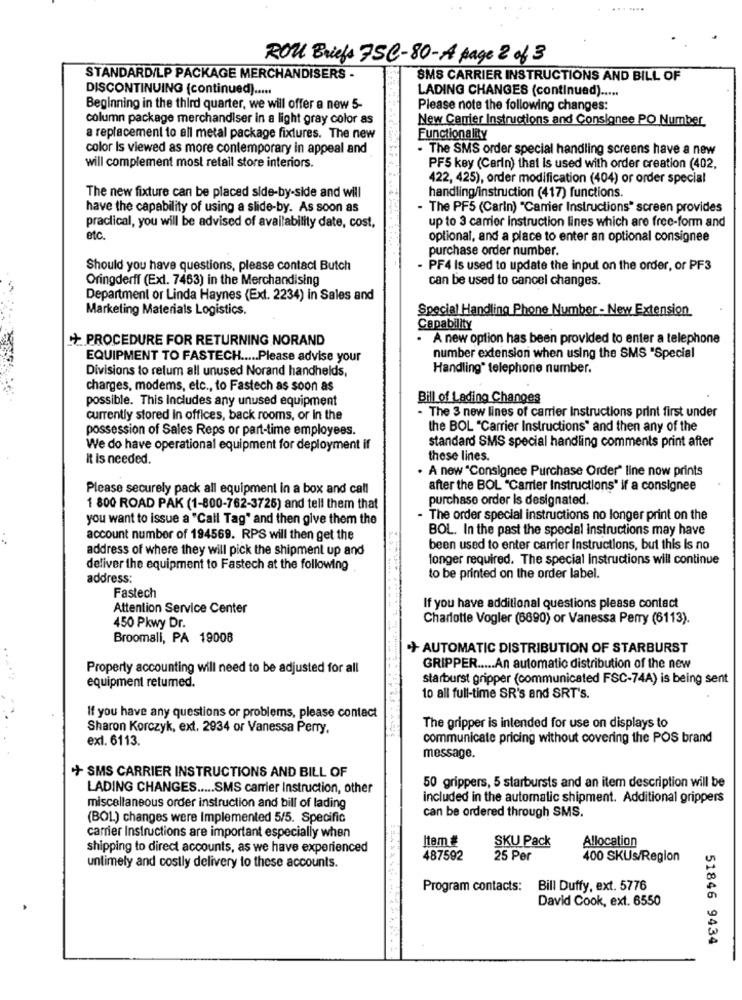
ROU Briefs 7Se-80-A page 2 of 3
STANDARDILP PACKAGE MERCHANDISERS -
SMS CARRIER INSTRUCTIONS AND BILL OF
DISCONTINUING (continued) .....
LADING CHANGES (continued) .....
Beginning in the third quarter, we will offer a new 5-
Please note the following changes:
column package merchandiser in a light gray color as
New Carrier Instructions and Consignee PO Number
a replacement to all metal package fixtures. The new
Functionality
color Is viewed as more contemporary in appeal and
- The SMS order special handling screens have a new
will complement most retail store interiors.
PF5 key (Carin) that is used with order creation (402,
422, 425), order modification (404) or order special
The new fixture can be placed side-by-side and will
handling/instruction (417) functions.
have the capability of using a slide-by. As soon as
- The PF5 (Carin) "Carrier Instructions" screen provides
up to 3 carrier instruction lines which are free-form and
practical, you will be advised of availability date, cost,
etc.
optional, and a place to enter an optional consignee
purchase order number.
Should you have questions, please contact Butch
PF4 Is used to update the input on the order, or PF3
Oringderff (Ext. 7463) in the Merchandising
can be used to cancel changes.
Department or Linda Haynes (Ext. 2234) in Sales and
Marketing Materials Logistics.
Special Handling Phone Number - New Extension
Capability
+ PROCEDURE FOR RETURNING NORAND
A new option has been provided to enter a telephone
EQUIPMENT TO FASTECH ..... Please advise your
number extension when using the SMS "Special
Divisions to relum all unused Norand handhelds,
Handling" telephone number.
charges, modems, etc ., to Fastech as soon as
possible. This Includes any unused equipment
Bill of Lading Changes
- The 3 new lines of carrier Instructions print first under
currently stored In offices, back rooms, or in the
possession of Sales Reps or part-time employees.
the BOL "Carrier Instructions" and then any of the
standard SMS special handling comments print after
We do have operational equipment for deployment if
It is needed.
these lines.
. A new "Consignee Purchase Order" line now prints
Please securely pack all equipment in a box and call
after the BOL "Carrier Instructions" if a consignee
purchase order Is designated.
1 800 ROAD PAK (1-800-762-3725) and tell them that
you want to issue a "Call Tag" and then give them the
- The order special instructions no longer print on the
BOL. In the past the special instructions may have
account number of 194569. RPS will then get the
address of where they will pick the shipment up and
been used to enter carrier Instructions, but this Is no
longer required. The special instructions will continue
deliver the equipment to Fastech at the following
address:
to be printed on the order label.
Fastech
Attention Service Center
If you have additional questions please contact
Charlotte Vogler (6690) or Vanessa Perry (6113).
450 Pkwy Dr.
Broomali, PA 19008
+ AUTOMATIC DISTRIBUTION OF STARBURST
. ..
Property accounting will need to be adjusted for all
GRIPPER ..... An automatic distribution of the new
starburst gripper (communicated FSC-74A) is being sent
equipment retumed.
to all full-time SR's and SRT's.
If you have any questions or problems, please contact
Sharon Korczyk, ext. 2934 or Vanessa Perry,
The gripper is intended for use on displays to
ex1. 6113.
communicate pricing without covering the POS brand
message.
+ SMS CARRIER INSTRUCTIONS AND BILL OF
LADING CHANGES ..... SMS carrier Instruction, other
50 grippers, 5 starbursts and an item description will be
included in the automatic shipment. Additional grippers
miscellaneous order instruction and bill of lading
can be ordered through SMS.
(BOL) changes were Implemented 5/5. Specific
carrier Instructions are important especially when
Item #
SKU Pack
Allocation
shipping to direct accounts, as we have experienced
487592
25 Per
400 SKUs/Region
untimely and costly delivery to these accounts.
Program contacts: Bill Duffy, ext. 5776
David Cook, ext. 6550
51846 9434